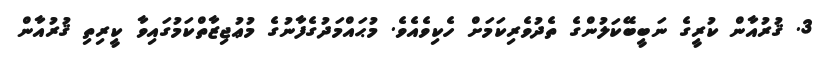
3. ޤުރުއާން ކުރީގެ ނަބީބޭކަލުންގެ ތެދުވެރިކަމަށް ހެކިވެއެވެ. މުޙައްމަދުގެފާނުގެ މުޢުޖިޒާތްކަމުގައިވާ ކީރިތި ޤުރުއާން